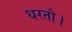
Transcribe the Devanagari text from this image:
धरतौ।